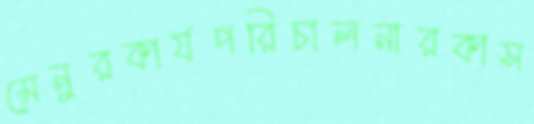
মেনুরকার্যপরিচালনারকাস